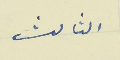
الثالث